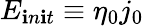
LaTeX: E_{\mathbf{i}n\mathbf{i}t}\equiv\eta_{0}j_{0}